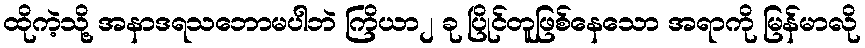
ထိုကဲ့သို့ အနာဒရသဘောမပါဘဲ ကြိယာ၂ ခု ပြိုင်တူဖြစ်နေသော အရာကို မြန်မာလို